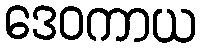
ဒေဝကာယ